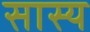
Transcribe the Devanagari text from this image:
सास्य